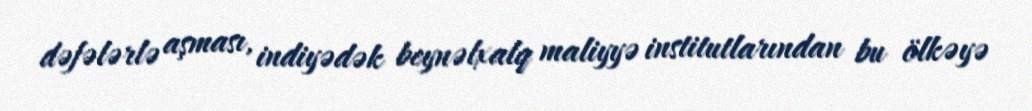
dəfələrlə aşması, indiyədək beynəlxalq maliyyə institutlarından bu ölkəyə